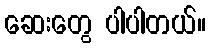
ဆေးတွေ ပါပါတယ်။